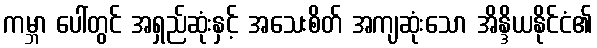
ကမ္ဘာ ပေါ်တွင် အရှည်ဆုံးနှင့် အသေးစိတ် အကျဆုံးသော အိန္ဒိယနိုင်ငံ၏